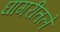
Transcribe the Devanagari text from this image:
घागरीतले